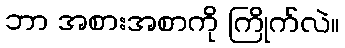
ဘာ အစားအစာကို ကြိုက်လဲ။